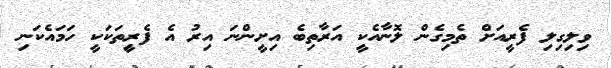
ވިލިގިލި ފެރީއަށް ތެމިގެން ލޮނާއެކީ އަރާތިބެ އިށީންނަ އިރު އެ ފެރިީތަކަކީ ހަމައެކަނި